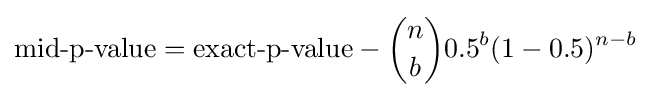
{\text{mid-p-value}}={\text{exact-p-value}}-{n \choose b}0.5^{b}(1-0.5)^{n-b}